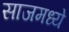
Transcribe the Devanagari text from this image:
साजमध्ये